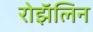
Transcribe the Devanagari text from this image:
रोझॅलिन